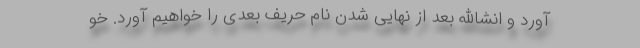
آورد و انشاالله بعد از نهایی شدن نام حریف بعدی را خواهیم آورد. خو